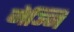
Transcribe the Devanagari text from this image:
जेञ्जि